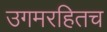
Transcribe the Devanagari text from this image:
उगमरहितच